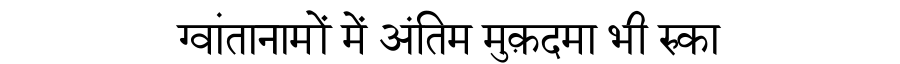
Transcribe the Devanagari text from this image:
ग्वांतानामों में अंतिम मुक़दमा भी रुका